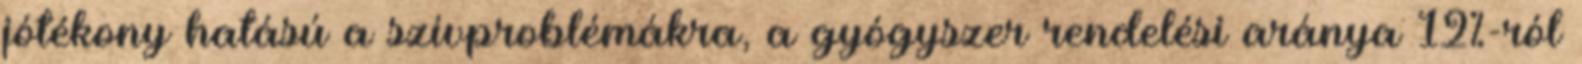
jótékony hatású a szívproblémákra, a gyógyszer rendelési aránya 12%-ról